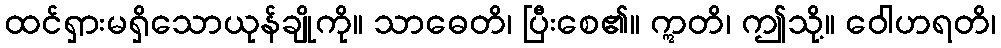
ထင်ရှားမရှိသောယုန်ချိုကို။ သာဓေတိ၊ ပြီးစေ၏။ ဣတိ၊ ဤသို့။ ဝေါဟရတိ၊